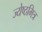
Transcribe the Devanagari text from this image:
ज्येष्ठमित्र